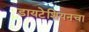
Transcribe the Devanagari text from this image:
डायटेशियनचा